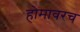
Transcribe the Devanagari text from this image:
होमावरच